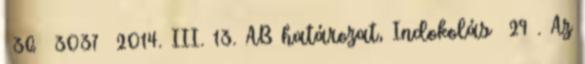
36 3037 2014. III. 13. AB határozat, Indokolás 29 . Az